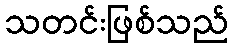
သတင်းဖြစ်သည်